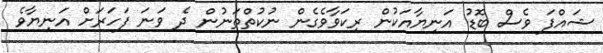
ޝައްފަ ވެސް ބޮޑު އަނިޔާއަކުން ރިކަވާވެގެން ނުކުތްތަނުން ދެ ވަނަ ފަހަރަށް އަނިޔާވެ